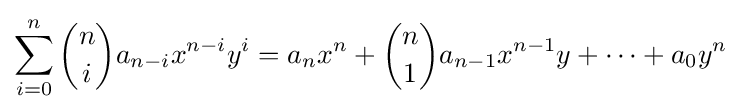
\sum _{i=0}^{n}{\binom {n}{i}}a_{n-i}x^{n-i}y^{i}=a_{n}x^{n}+{\binom {n}{1}}a_{n-1}x^{n-1}y+\cdots +a_{0}y^{n}